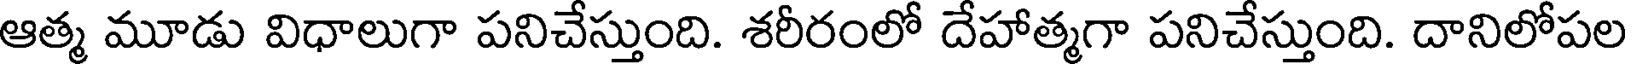
ఆత్మ మూడు విధాలుగా పనిచేస్తుంది. శరీరంలో దేహాత్మగా పనిచేస్తుంది. దానిలోపల